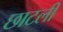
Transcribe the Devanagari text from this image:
छाटली